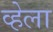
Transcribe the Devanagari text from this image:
व्हेला